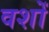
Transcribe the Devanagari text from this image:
वशों